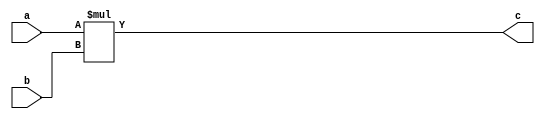
// This program was cloned from: https://github.com/yohanes-erwin/pemrograman_zynq
// License: MIT License

`timescale 1ns / 1ps

module multiplier
    (
        input wire [31:0]  a,
        input wire [31:0]  b,
        output wire [31:0] c
    );
    
    assign c = a * b;
    
endmodule